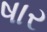
ષાર